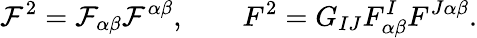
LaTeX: {\cal F}^{2}={\cal F}_{\alpha\beta}{\cal F}^{\alpha\beta},\qquad F^{2}=G_{IJ}F_{\alpha\beta}^{I}F^{J\alpha\beta}.